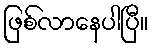
ဖြစ်လာနေပါပြီ။